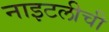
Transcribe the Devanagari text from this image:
नाइटलीची